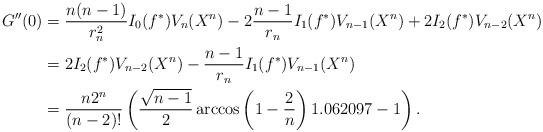
LaTeX: \begin{align*}G''(0) & = \frac{n(n-1)}{r_n^2}I_0(f^*)V_n(X^n)-2\frac{n-1}{r_n}I_1(f^*)V_{n-1}(X^n)+2I_2(f^*)V_{n-2}(X^n)\\& = 2I_2(f^*)V_{n-2}(X^n)-\frac{n-1}{r_n}I_1(f^*)V_{n-1}(X^n)\\& = \frac{n2^n}{(n-2)!}\left (\frac{\sqrt{n-1}}{2}\arccos \left (1-\frac{2}{n}\right )1.062097-1\right ).\end{align*}